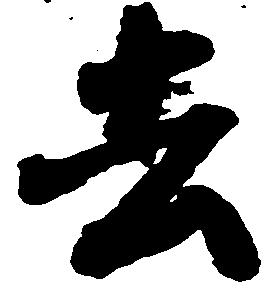
去